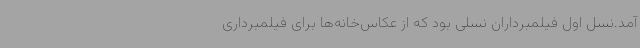
آمد.نسل اول فیلمبرداران نسلی بود که از عکاس‌خانه‌ها برای فیلمبرداری